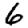
Digit: 6